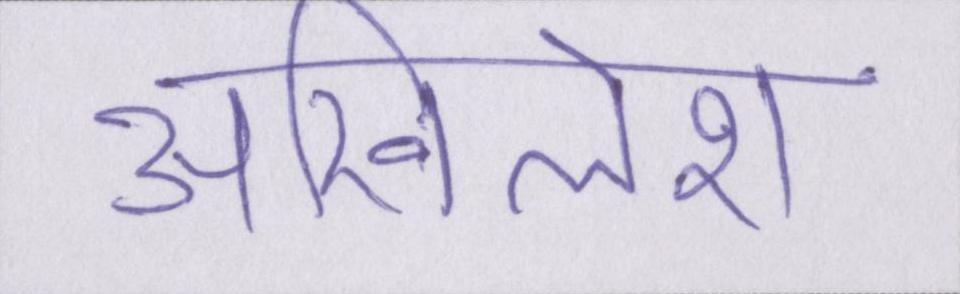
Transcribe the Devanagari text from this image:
अखिलेश